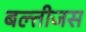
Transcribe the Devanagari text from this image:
बल्तीजस